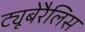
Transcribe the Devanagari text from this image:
ट्यूबेरैलिस